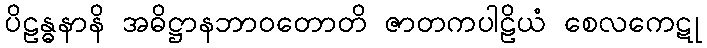
ပိဠန္ဓနာနိ အဓိဋ္ဌာနဘာဝတောတိ ဇာတကပါဠိယံ စေလကေဋု